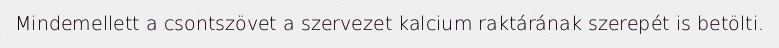
Mindemellett a csontszövet a szervezet kalcium raktárának szerepét is betölti.